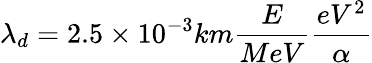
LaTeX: \lambda_{d}=2.5\times 10^{-3}km\frac{E}{MeV}\frac{eV^{2}}{\alpha}